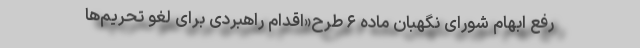
رفع ابهام شورای نگهبان ماده ۶ طرح«اقدام راهبردی برای لغو تحریم‌ها